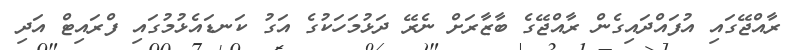
ރާއްޖޭގައި އުފައްދައިގެން ރާއްޖޭގެ ބާޒާރަށް ނެރޭ ދަޅުމަހަކުގެ އަގު ކަނޑައެޅުމުގައި ފްރައިޓް އަދި